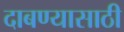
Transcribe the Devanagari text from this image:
दाबण्यासाठी